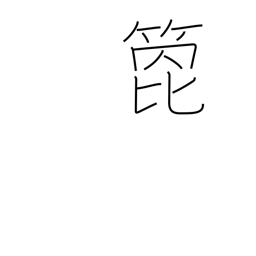
Meaning: arrow shaft